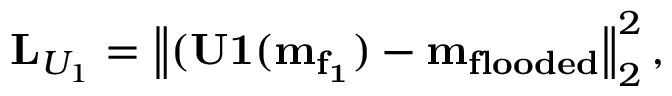
\mathbf { L } _ { U _ { 1 } } = \left\lVert ( \mathbf { U 1 ( m _ { f _ { 1 } } ) } - \mathbf { m _ { f l o o d e d } } \right\rVert _ { 2 } ^ { 2 } ,